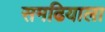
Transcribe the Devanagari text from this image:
समढियाला